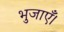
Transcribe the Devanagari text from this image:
भुजाएँ।